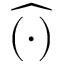
\widehat { ( \cdot ) }